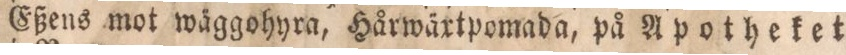
Eßens mot wäggohyra, Hårwäxtpomada, på Apotheket